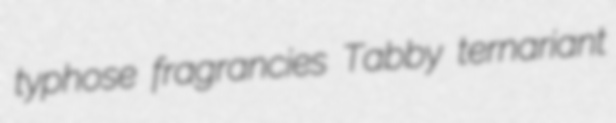
typhose fragrancies Tabby ternariant